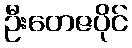
ဦးတေဇပိုင်